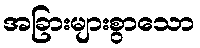
အခြားများစွာသော